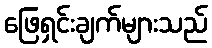
ဖြေရှင်းချက်များသည်